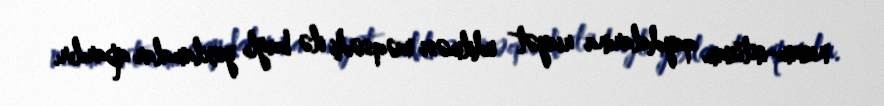
nizam-intizam qaydalarına riayət edilməsi məqsədi ilə bağlı yoxlamalar aparılır.